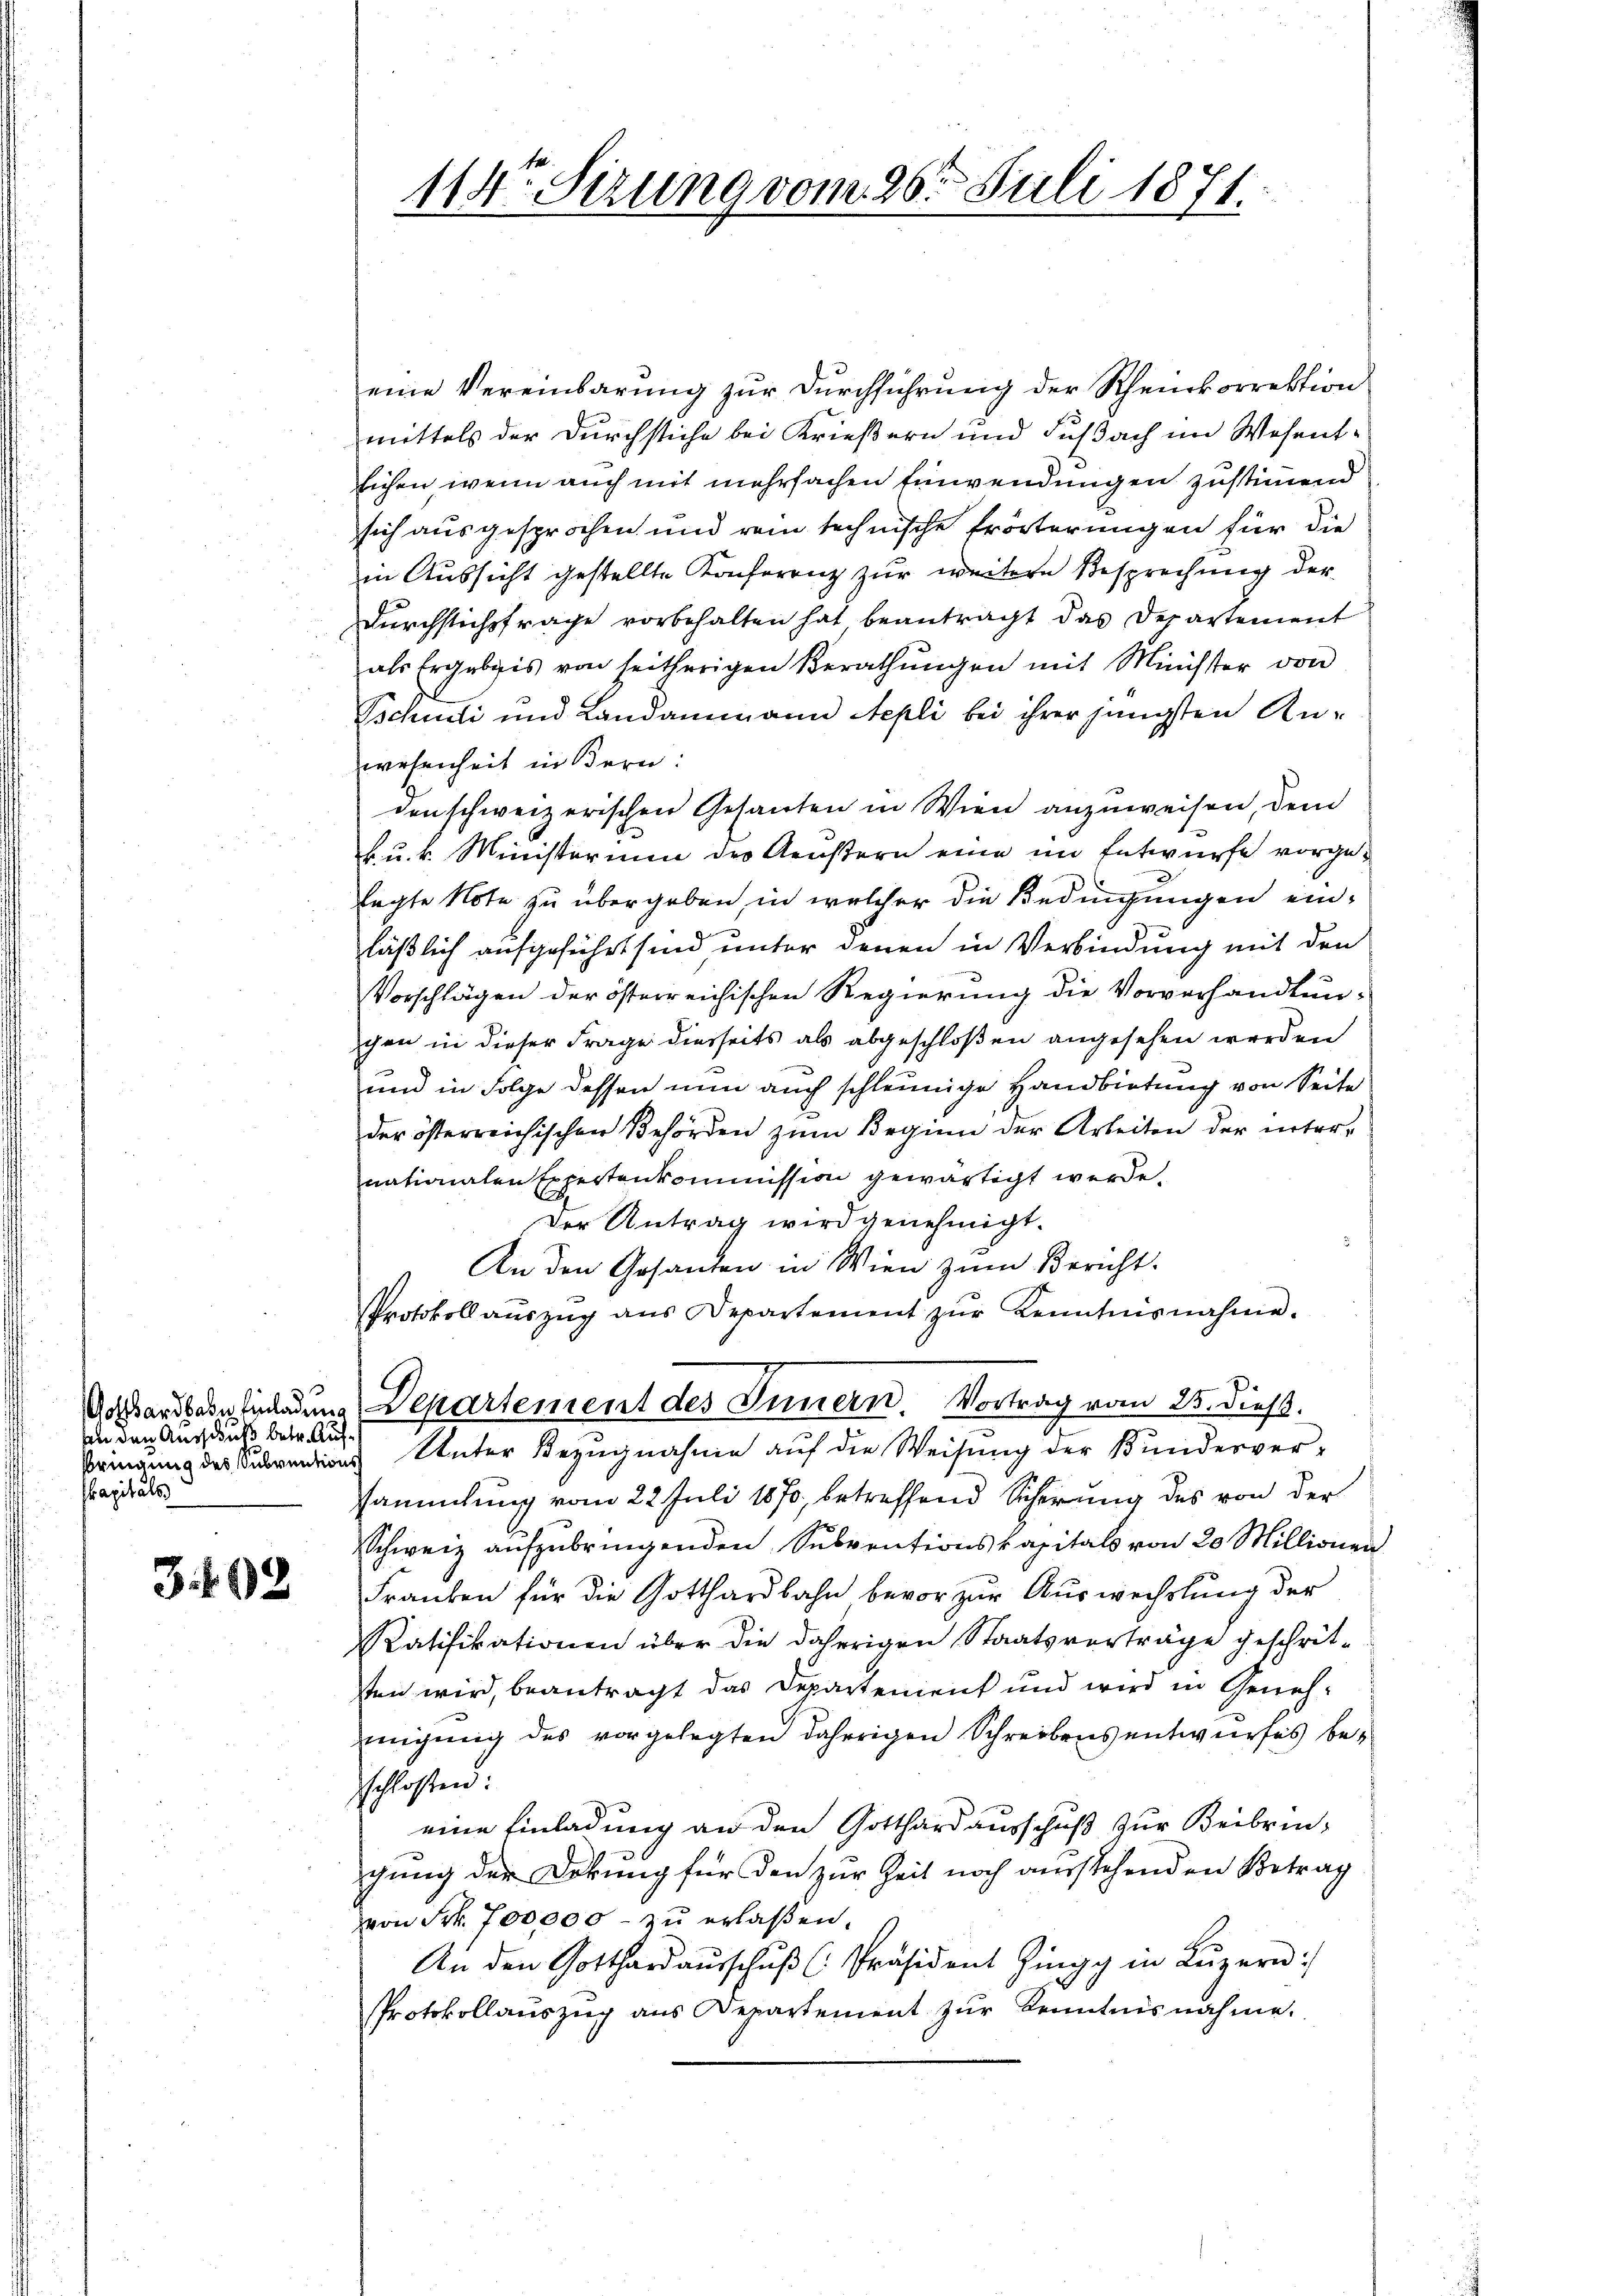
von den Ausschicht betr. Aufkapitals

3.192

eine Vereinbarung zur Durchführung der Rheinkorrektion
mittels der Durchstiche bei Krießern und Fußach im Wesent¬
Eichen, wenn auch mit mehrfachen Einwendungen zustimmend
sich ausgesprochen und rein technische Erörterungen für die
in Aussicht gestellte Konferenz zur weitere Besprechung der
Durchstichsfrage vorbehalten hat beantragt das Departement
als Ergebnis von seitherigen Berathŭngen mit Minister von
Tschudi und Landammann Stepli bei ihrer jüngsten Anwesenheit in Bern:
den schweizerischen Gesanten in Wien anzuweisen, dem
k. u. k. Ministerium des Aeustern eine im Entwurfe vorgelagte Note zu übergeben, in welcher die Bedingungen einläßlich aufgeführt sind, unter denen in Verbindung mit den
Vorschlägen der österreichischen Regierung die Vorverhandlun-
chen in dieser Frage diesseits als abgeschloßen angesehen werden
und in Folge dessen nun auch schleunige Handbietung von Seite
der österreichischen Behörden zŭm Beginn der Arbeiten der inter-
nationalen Expertenkommission gewärtigt werde.
Der Antrag wird genehmigt.
An den Gesanten in Wien zum Bericht.
Protokoll aŭszŭg ans Departement zŭr Kenntnisnahme.
Gossardseeinladung Departement des Innern. Vortrag vom 25. dieß.
Brennung des Subventions Unter Bezugnahme auf die Weisung der Kundesversammlung vom 22. Juli 1870, betreffend Sicherung des von der
Schweiz aŭfzŭbringenden Subventionskapitals von 20 Millionen
Franken für die Gotthardbahn bevor zur Auswechslung der
Ratifikationen über die daherigen Staatsverträge geschritsten wird, beantragt das Departement und wird in Genehmigung des vorgelegten daherigen Schreibens entwurfes besschlossen.
eine Einladung an den Gotthard ausschuß zur Beibrin-
gung der Dekung für den zur Zeit noch ausstehenden Betrag
von Frk. 700,000 - zu erlaßen.
An den Gotthard aŭsschŭβ (Präsident Zingg in Lŭzern:
PProtokollaŭszŭg ans Departement zŭr Kenntnisnahme.

114ten Sirung vom 26. Juli 1871.